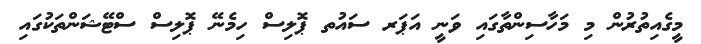
މީގެއިތުރުން މި މަހާސިންތާގައި ވަނީ އަޕަރ ސައުތ ޕޮލިސް ހިމެނޭ ޕޮލިސް ސްޓޭޝަންތަކުގައި